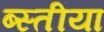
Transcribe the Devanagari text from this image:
ब्स्तीया